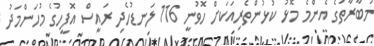
މުބާރާތުގެ އެންމެ މޮޅު ކުޅުންތެރިއަކަށް ހޮވުނީ 116 ލަނޑުހެދި ރައީސް އޮފީހުގެ މުހަންމަދު